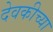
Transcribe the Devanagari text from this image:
देवकीच्या